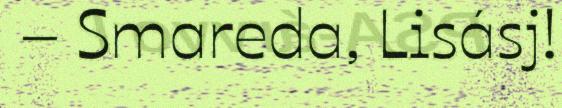
– Smareda, Lisásj!